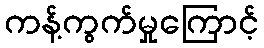
ကန့်ကွက်မှုကြောင့်